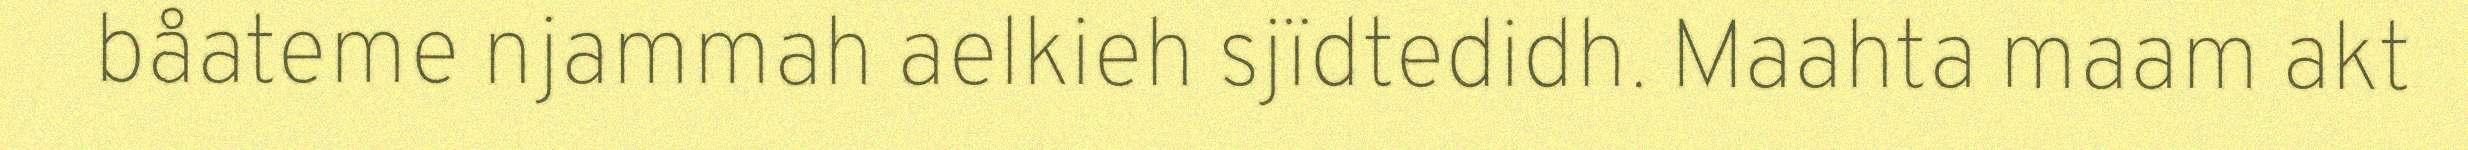
båateme njammah aelkieh sjïdtedidh. Maahta maam akt